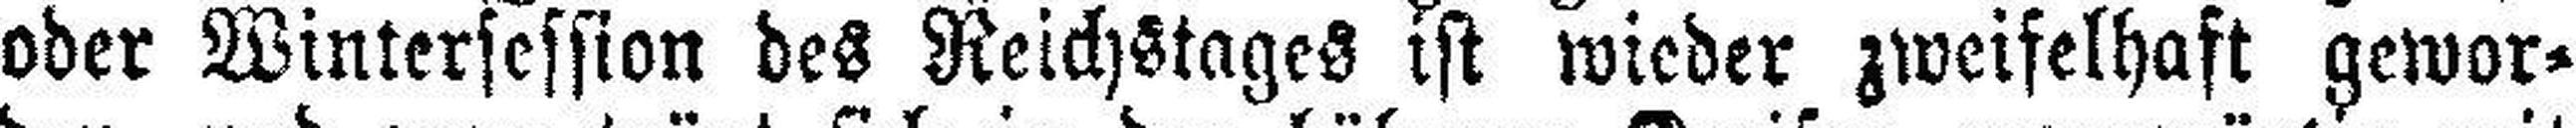
oder Wintersession des Reichstages ist wieder zweifelhaft gewor¬